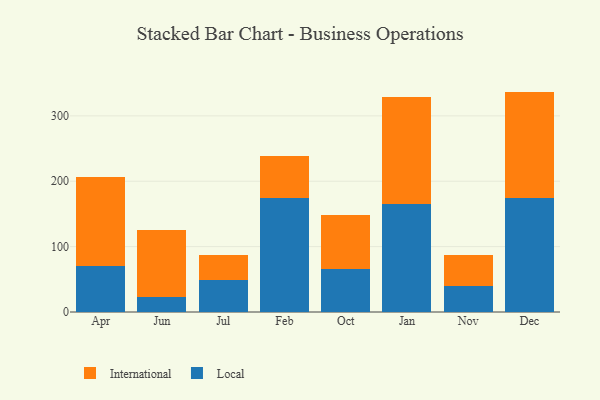
{"axis": {"x": "Month", "y": "Active Users"}, "legend": ["International", "Local"], "data": [{"x": "Apr", "y": 69.9, "type": "Local"}, {"x": "Apr", "y": 136.9, "type": "International"}, {"x": "Jun", "y": 22.4, "type": "Local"}, {"x": "Jun", "y": 102.3, "type": "International"}, {"x": "Jul", "y": 49.5, "type": "Local"}, {"x": "Jul", "y": 37.1, "type": "International"}, {"x": "Feb", "y": 173.7, "type": "Local"}, {"x": "Feb", "y": 65.3, "type": "International"}, {"x": "Oct", "y": 65.4, "type": "Local"}, {"x": "Oct", "y": 82.8, "type": "International"}, {"x": "Jan", "y": 165.4, "type": "Local"}, {"x": "Jan", "y": 163.1, "type": "International"}, {"x": "Nov", "y": 40.4, "type": "Local"}, {"x": "Nov", "y": 47.0, "type": "International"}, {"x": "Dec", "y": 175.0, "type": "Local"}, {"x": "Dec", "y": 162.1, "type": "International"}]}